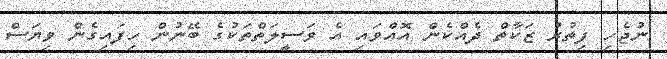
ނުޖެހި ފިތުރު ޒަކާތް ދެއްކެން އޮއްވައި އެ ވަސީލަތްތަކުގެ ބޭނުން ހިފައިގެން ވިޔަސް